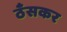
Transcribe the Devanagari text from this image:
ठँसकर